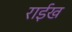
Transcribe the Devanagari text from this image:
राईख